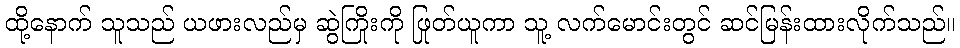
ထို့နောက် သူသည် ယဖားလည်မှ ဆွဲကြိုးကို ဖြုတ်ယူကာ သူ့ လက်မောင်းတွင် ဆင်မြန်းထားလိုက်သည်။